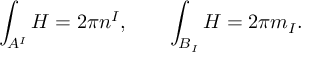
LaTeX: \int _ { A ^ { I } } H = 2 \pi n ^ { I } , \qquad \int _ { B _ { I } } H = 2 \pi m _ { I } .